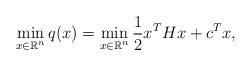
LaTeX: \begin{align*}\min_{x \in \mathbb{R}^n}q(x)=\min_{x \in \mathbb{R}^n}\frac{1}{2}x^THx+c^Tx,\end{align*}